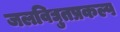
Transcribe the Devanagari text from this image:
जलविद्युतप्रकल्प